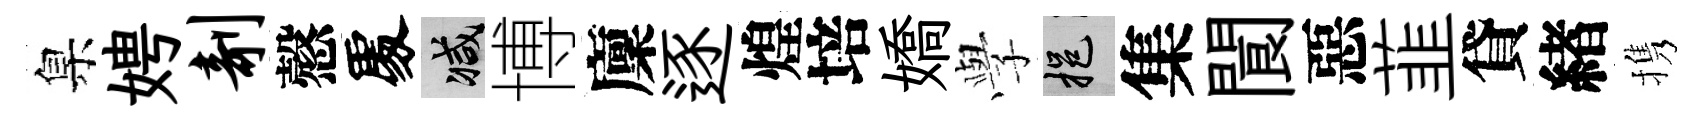
臬娉剞慤𠁅减博廩逐煌培嬌𫝯挹集閬惡韮貸緖携